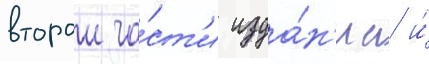
второи ча́ст'и изда́н'иа и́